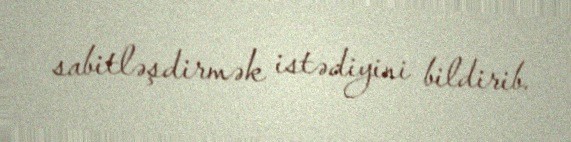
sabitləşdirmək istədiyini bildirib.